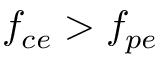
f _ { c e } > f _ { p e }